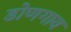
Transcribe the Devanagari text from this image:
डोणगाव